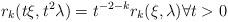
LaTeX: \begin{align*}r_k(t\xi,t^2\lambda)=t^{-2-k}r_k(\xi,\lambda)\forall t>0\end{align*}